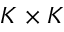
K \times K